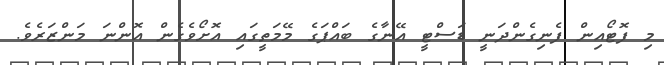
މި ފޮޓޯއިން ފެނިގެންދަނީ ޑަަސްޓީ އޭނާގެ ބައްޕަގެ މޭމަތީގައި އޮށޯވެގެން އޮންނަ މަންޒަރެވެ.